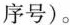
序号)。